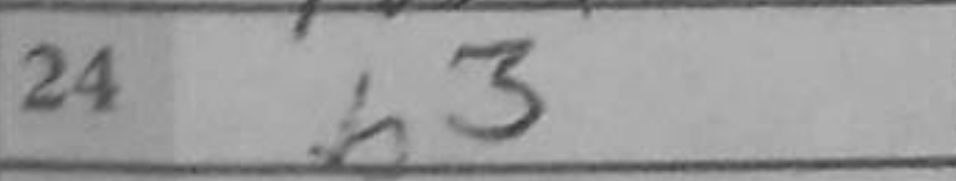
Transcription: b3